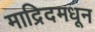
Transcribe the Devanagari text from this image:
माद्रिदमधून